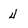
Character: 4